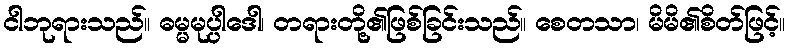
ငါဘုရားသည်။ ဓမ္မမုပ္ပါဒေါ၊ တရားတို့၏ဖြစ်ခြင်းသည်။ စေတသာ၊ မိမိ၏စိတ်ဖြင့်။